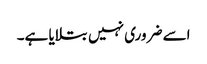
اسے ضروری نہیں بتلایا ہے۔